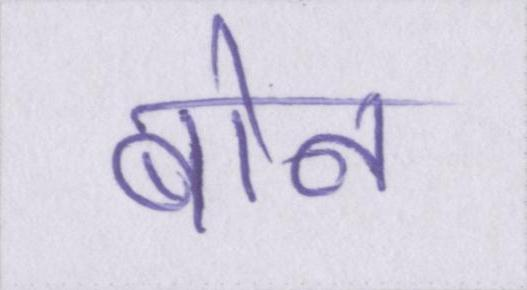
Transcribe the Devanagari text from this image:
बोन